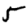
Digit: 5